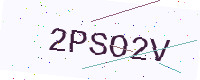
Text: 2PSO2V